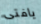
يافتى